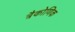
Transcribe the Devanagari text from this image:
त्रैकोणिक